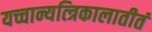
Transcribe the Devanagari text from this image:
यच्चान्यत्त्रिकालातीतं